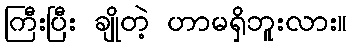
ကြီးပြီး ချိုတဲ့ ဟာမရှိဘူးလား။